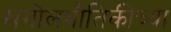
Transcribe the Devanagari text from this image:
खगोलभौतिकीच्या